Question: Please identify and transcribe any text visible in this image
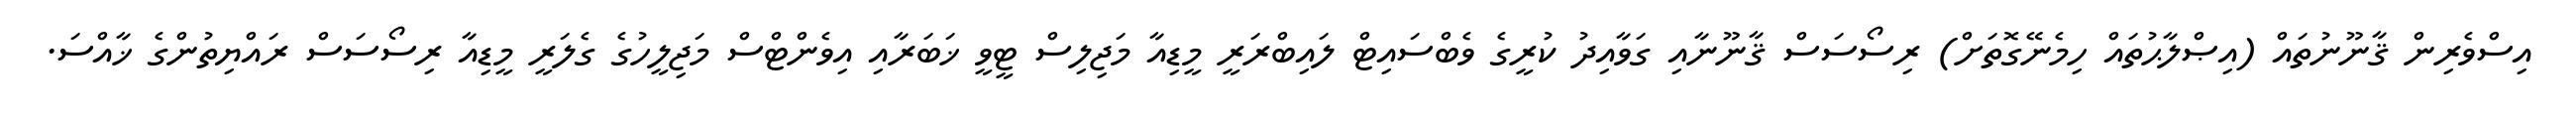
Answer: އިސްވެރިން ޤާނޫނުތައް (އިޞްލާޙުތައް ހިމެނޭގޮތަށް) ރިސޯސަސް ޤާނޫނާއި ގަވާއިދު ކުރީގެ ވެބްސައިޓް ލައިބްރަރީ މީޑިއާ މަޖިލިސް ޓީވީ ޚަބަރާއި އިވެންޓްސް މަޖިލީހުގެ ގެލަރީ މީޑިއާ ރިސޯސަސް ރައްޔިތުންގެ ޚާއްސަ.